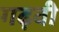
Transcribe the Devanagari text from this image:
गढ़वी